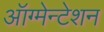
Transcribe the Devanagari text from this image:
ऑग्मेन्टेशन